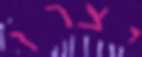
יצרו